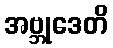
အဗ္ဘုဒေတိ